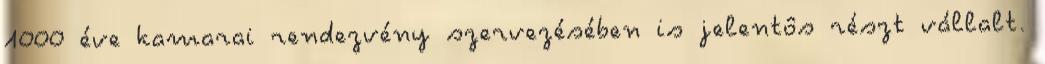
1000 éve kamarai rendezvény szervezésében is jelentôs részt vállalt.